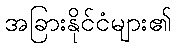
အခြားနိုင်ငံများ၏